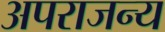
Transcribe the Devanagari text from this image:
अपराजन्य